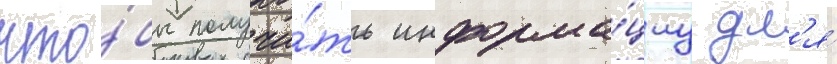
что́бы получи́ть информа́циу дл'я́